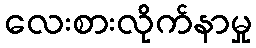
လေးစားလိုက်နာမှု